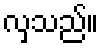
လှသည်။